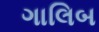
ગાલિબ